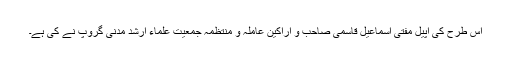
اس طرح کی اپیل مفتی اسماعیل قاسمی صاحب و اراکین عاملہ و منتظمہ جمعیت علماء ارشد مدنی گروپ نے کی ہے۔